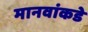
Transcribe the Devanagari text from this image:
मानवांकडे